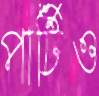
পার্টিও